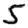
Digit: 5